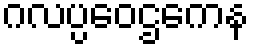
ဂလပ္ပဝေဌကေန